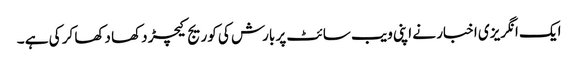
ایک انگریزی اخبار نے اپنی ویب سائٹ پر بارش کی کوریج کیچڑ دکھا دکھا کر کی ہے ۔